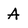
Character: A